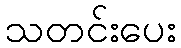
သတင်းပေး